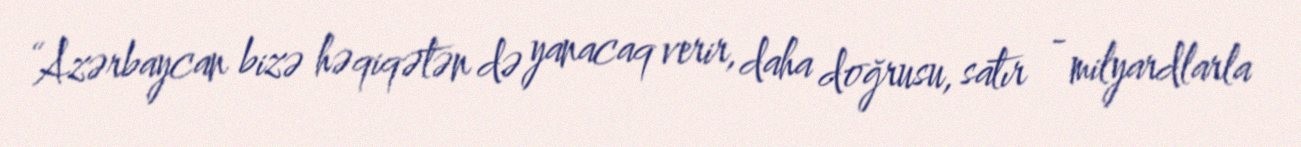
“Azərbaycan bizə həqiqətən də yanacaq verir, daha doğrusu, satır - milyardlarla